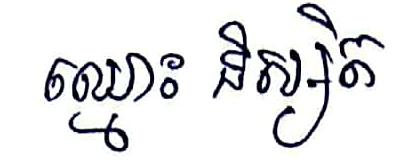
ឈ្មោះ និស្សិត